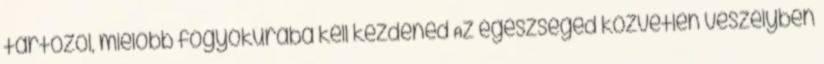
tartozol, mielőbb fogyókúrába kell kezdened Az egészséged közvetlen veszélyben